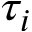
\tau _ { i }